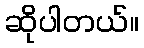
ဆိုပါတယ်။